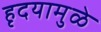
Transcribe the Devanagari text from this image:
हृदयामुळे